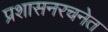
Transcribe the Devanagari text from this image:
प्रशासनरचनेत